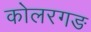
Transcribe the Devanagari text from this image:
कोलरगङ